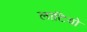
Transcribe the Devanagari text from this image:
लाटियो